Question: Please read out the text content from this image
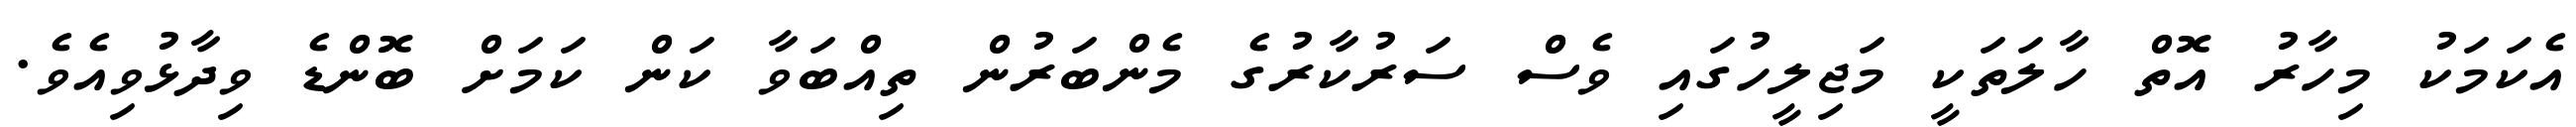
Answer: އެކަމަކު މިހާރު އޮތް ހާލަތަކީ މަޖިލީހުގައި ވެސް ސަރުކާރުގެ މެންބަރުން ތިއްބަވާ ކަން ކަމަށް ބޮންޑެ ވިދާޅުވިއެވެ.